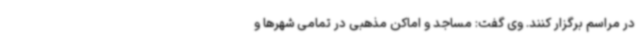
در مراسم برگزار کنند. وی گفت: مساجد و اماکن مذهبی در تمامی شهرها و